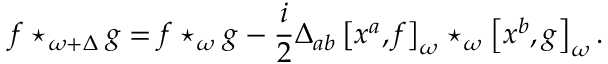
f \star _ { \omega + \Delta } g = f \star _ { \omega } g - \frac { i } { 2 } \Delta _ { a b } \left[ x ^ { a } , f \right] _ { \omega } \star _ { \omega } \left[ x ^ { b } , g \right] _ { \omega } .